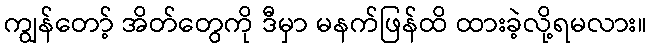
ကျွန်တော့် အိတ်တွေကို ဒီမှာ မနက်ဖြန်ထိ ထားခဲ့လို့ရမလား။